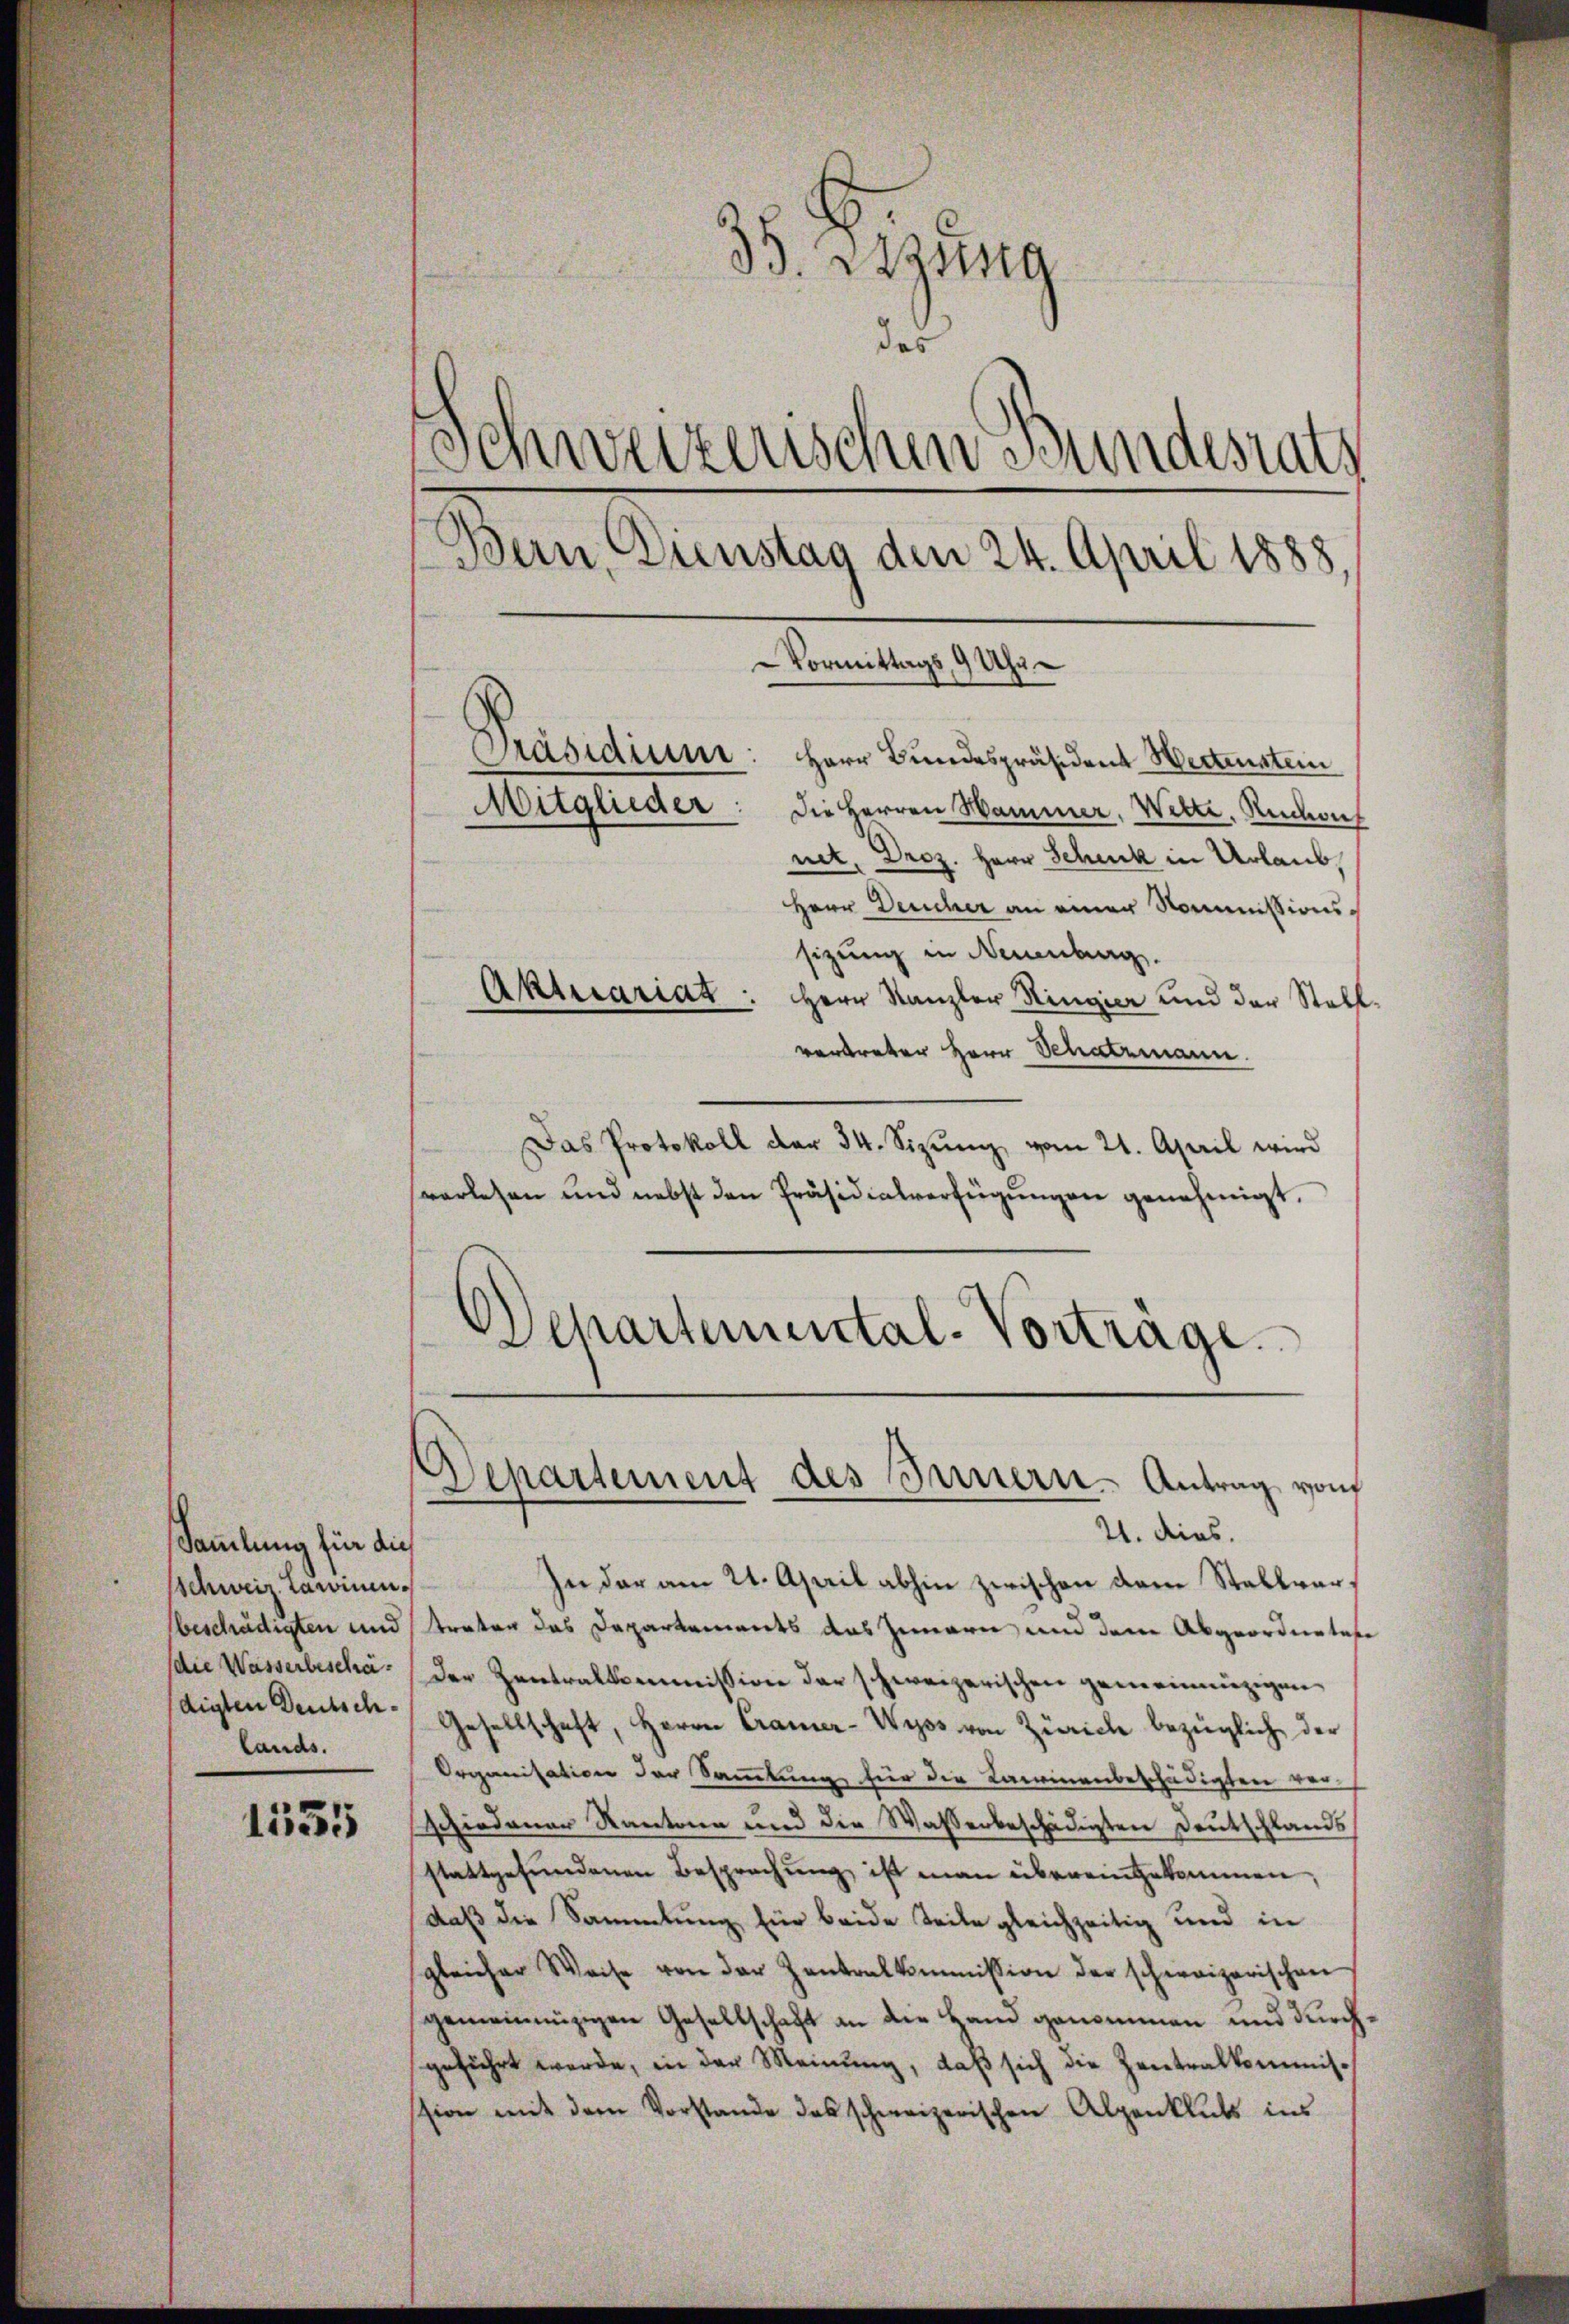
Sammlung für die
sschweiz darinen
beschädigten und
die Wasserbeschädigten Deutschlands.

1555

33. zusa
das
Schweizerischen Bundesrats
Bern, Dienstag den 24. April 1888,

Präsidium: Herr Bundespräsident Weitenstein
Mitglieder: die Herren Hammer, Witte, Redout
net, Droz. Herr Schick in Urlaub,
Herr Deucher an einer Kommissionssizung in Neuenburg.
Aktuariat: Herr Kanzler Ringier und der Stellvertreter Herr Schatzmann.
Das Protokoll der 34. Sizŭng vom 21. April wird
verlesen und nebst den Präsidialverfügungen genehmigt.
Wehartemental-Vorträge.

Departement des Innern. Antrag vom

Vormittags 9 Uhr

21. dies
In der am 21. April abhin zwischen dem Stallvertraten das Departements das Innern, und dem Abgeordnetese
Der Zentralkommission der schweizerischen gemeinnüzigen
Gesellschaft, Herrn Cramer-Wyss von Zürich bezüglich der
Organisation der Sammlung für die Kaminenbeschädigten vor-
schiedener Kantone und die Wasserbeschädigten Deutschlands
stattgefundenen Besprechung ist man übereingekommen,
daß die Sammlung für beide Teile gleichzeitig und in
gleicher Weise von der Zentralkommission der schweizerischen
gemeinnüzigen Gesellschaft an die Hand genommen und durchgeführt werde, in der Meinung, daß sich die Zentralkommis-
sion mit dem Vorstande das schweizerischen Alpenklich ins